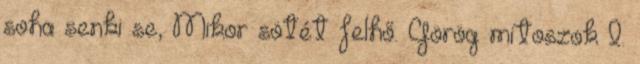
soha senki se, Mikor sötét felhő. Görög mítoszok I.